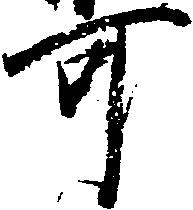
可